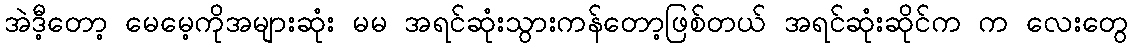
အဲဒီ့တော့ မေမေ့ကိုအများဆုံး မမ အရင်ဆုံးသွားကန်တော့ဖြစ်တယ် အရင်ဆုံးဆိုင်က က လေးတွေ